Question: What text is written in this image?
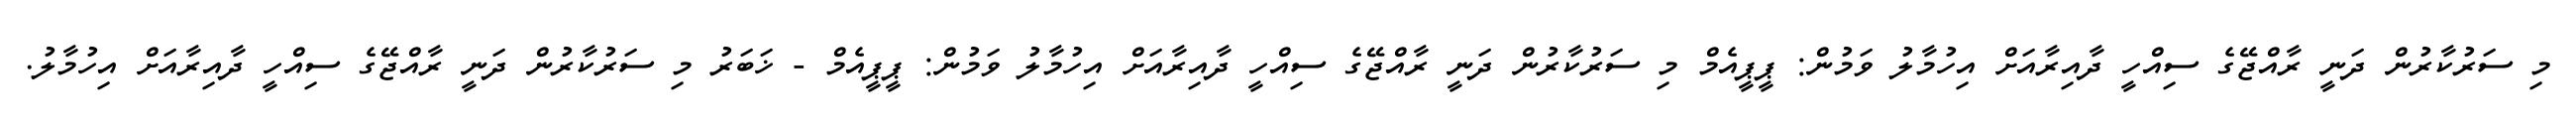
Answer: މި ސަރުކާރުން ދަނީ ރާއްޖޭގެ ސިއްހީ ދާއިރާއަށް އިހުމާލު ވަމުން: ޕީޕީއެމް މި ސަރުކާރުން ދަނީ ރާއްޖޭގެ ސިއްހީ ދާއިރާއަށް އިހުމާލު ވަމުން: ޕީޕީއެމް - ޚަބަރު މި ސަރުކާރުން ދަނީ ރާއްޖޭގެ ސިއްހީ ދާއިރާއަށް އިހުމާލު.